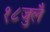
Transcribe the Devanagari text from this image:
१८जुलै